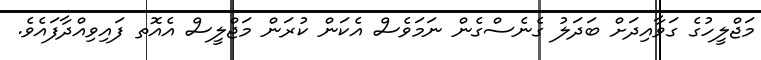
މަޖްލީހުގެ ގަވާއިދަށް ބަދަލު ގެނެސްގެން ނަމަވެސް އެކަން ކުރަން މަޖްލީސް އެއޮތ ފައިވިއްދާފައެވެ.